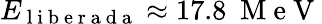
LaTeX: E_{\mathrm{~l~i~b~e~r~a~d~a~}}\approx 17.8~\mathrm{~M~e~V~}